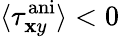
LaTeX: \langle\tau_{\mathbf{x}y}^{\mathrm{{ani}}}\rangle<0